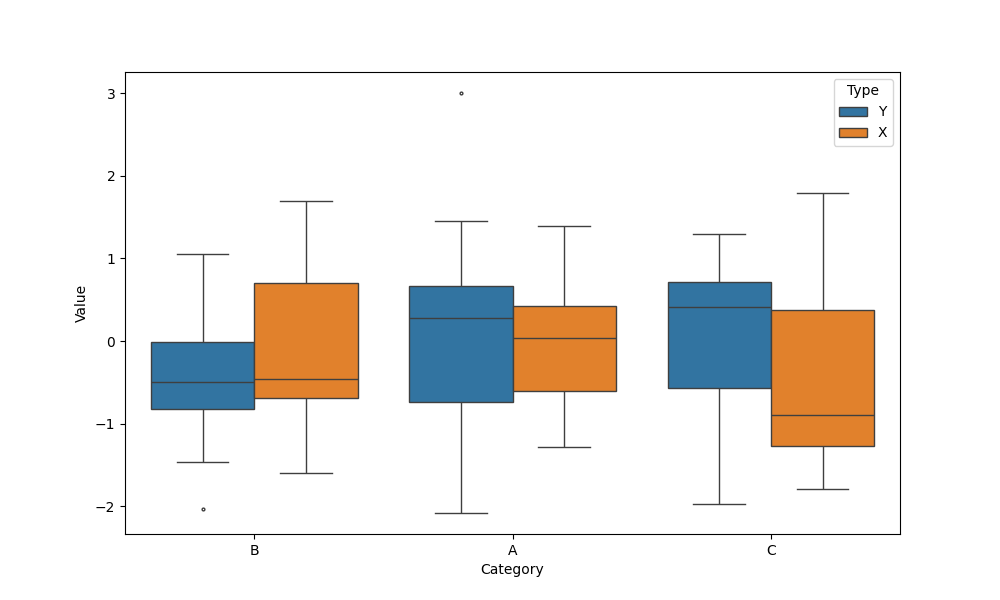
python, seaborn, boxplot, width=0.8, linewidth=1, fliersize=2, notch=False